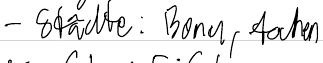
- Städte: Bonn, Aachen